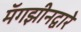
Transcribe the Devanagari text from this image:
मॅगझीनद्वारे